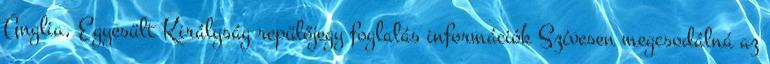
Anglia, Egyesült Királyság repülőjegy foglalás információk Szívesen megcsodálná az